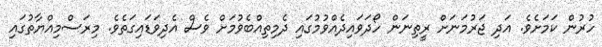
ހުރުން ކަމަށެވެ. އަދި ޖަރުމަނަށް ރީތިނަން ހޯދަވައިދެއްވުމުގައި ދެމިތިއްބެވުމަށް ވެސް އެދިވަޑައިގަތެވެ. މިރަސްމިއްޔާތުގައި